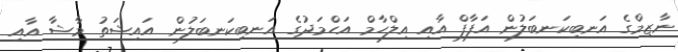
ނާޒިމްގެ އަނބިކަނބަލުން އަފާފް އާއި އިލްހާމް އަހްމަދުގެ އަނބިކަނބަލުން އައިޝަތު މާޝާ އާއި